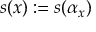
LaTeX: s ( x ) : = s ( \alpha _ { x } )